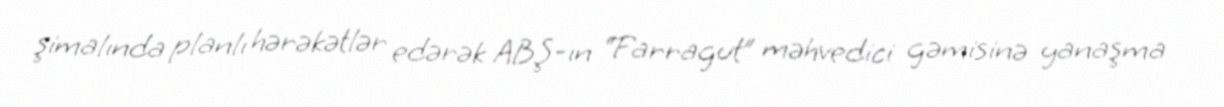
şimalında planlı hərəkətlər edərək ABŞ-ın “Farragut” məhvedici gəmisinə yanaşma